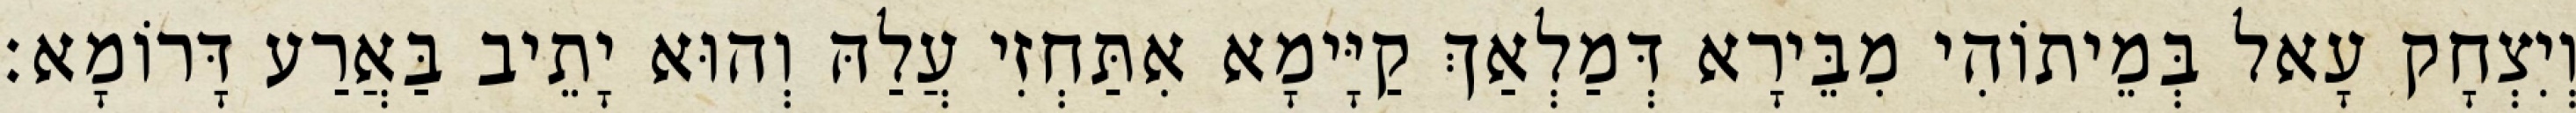
וְיִצְחָק עָאל בְּמֵיתוֹהִי מִבֵּירָא דְּמַלְאַךְ קַיָּימָא אִתַּחְזִי עֲלַהּ וְהוּא יָתֵיב בַּאֲרַע דָּרוֹמָא׃